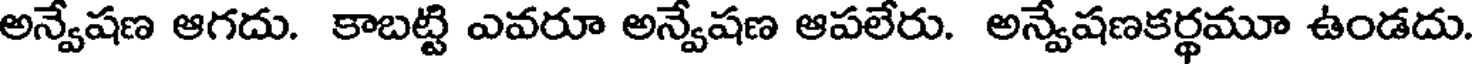
అన్వేషణ ఆగదు. కాబట్టి ఎవరూ అన్వేషణ ఆపలేరు. అన్వేషణకర్థమూ ఉండదు.